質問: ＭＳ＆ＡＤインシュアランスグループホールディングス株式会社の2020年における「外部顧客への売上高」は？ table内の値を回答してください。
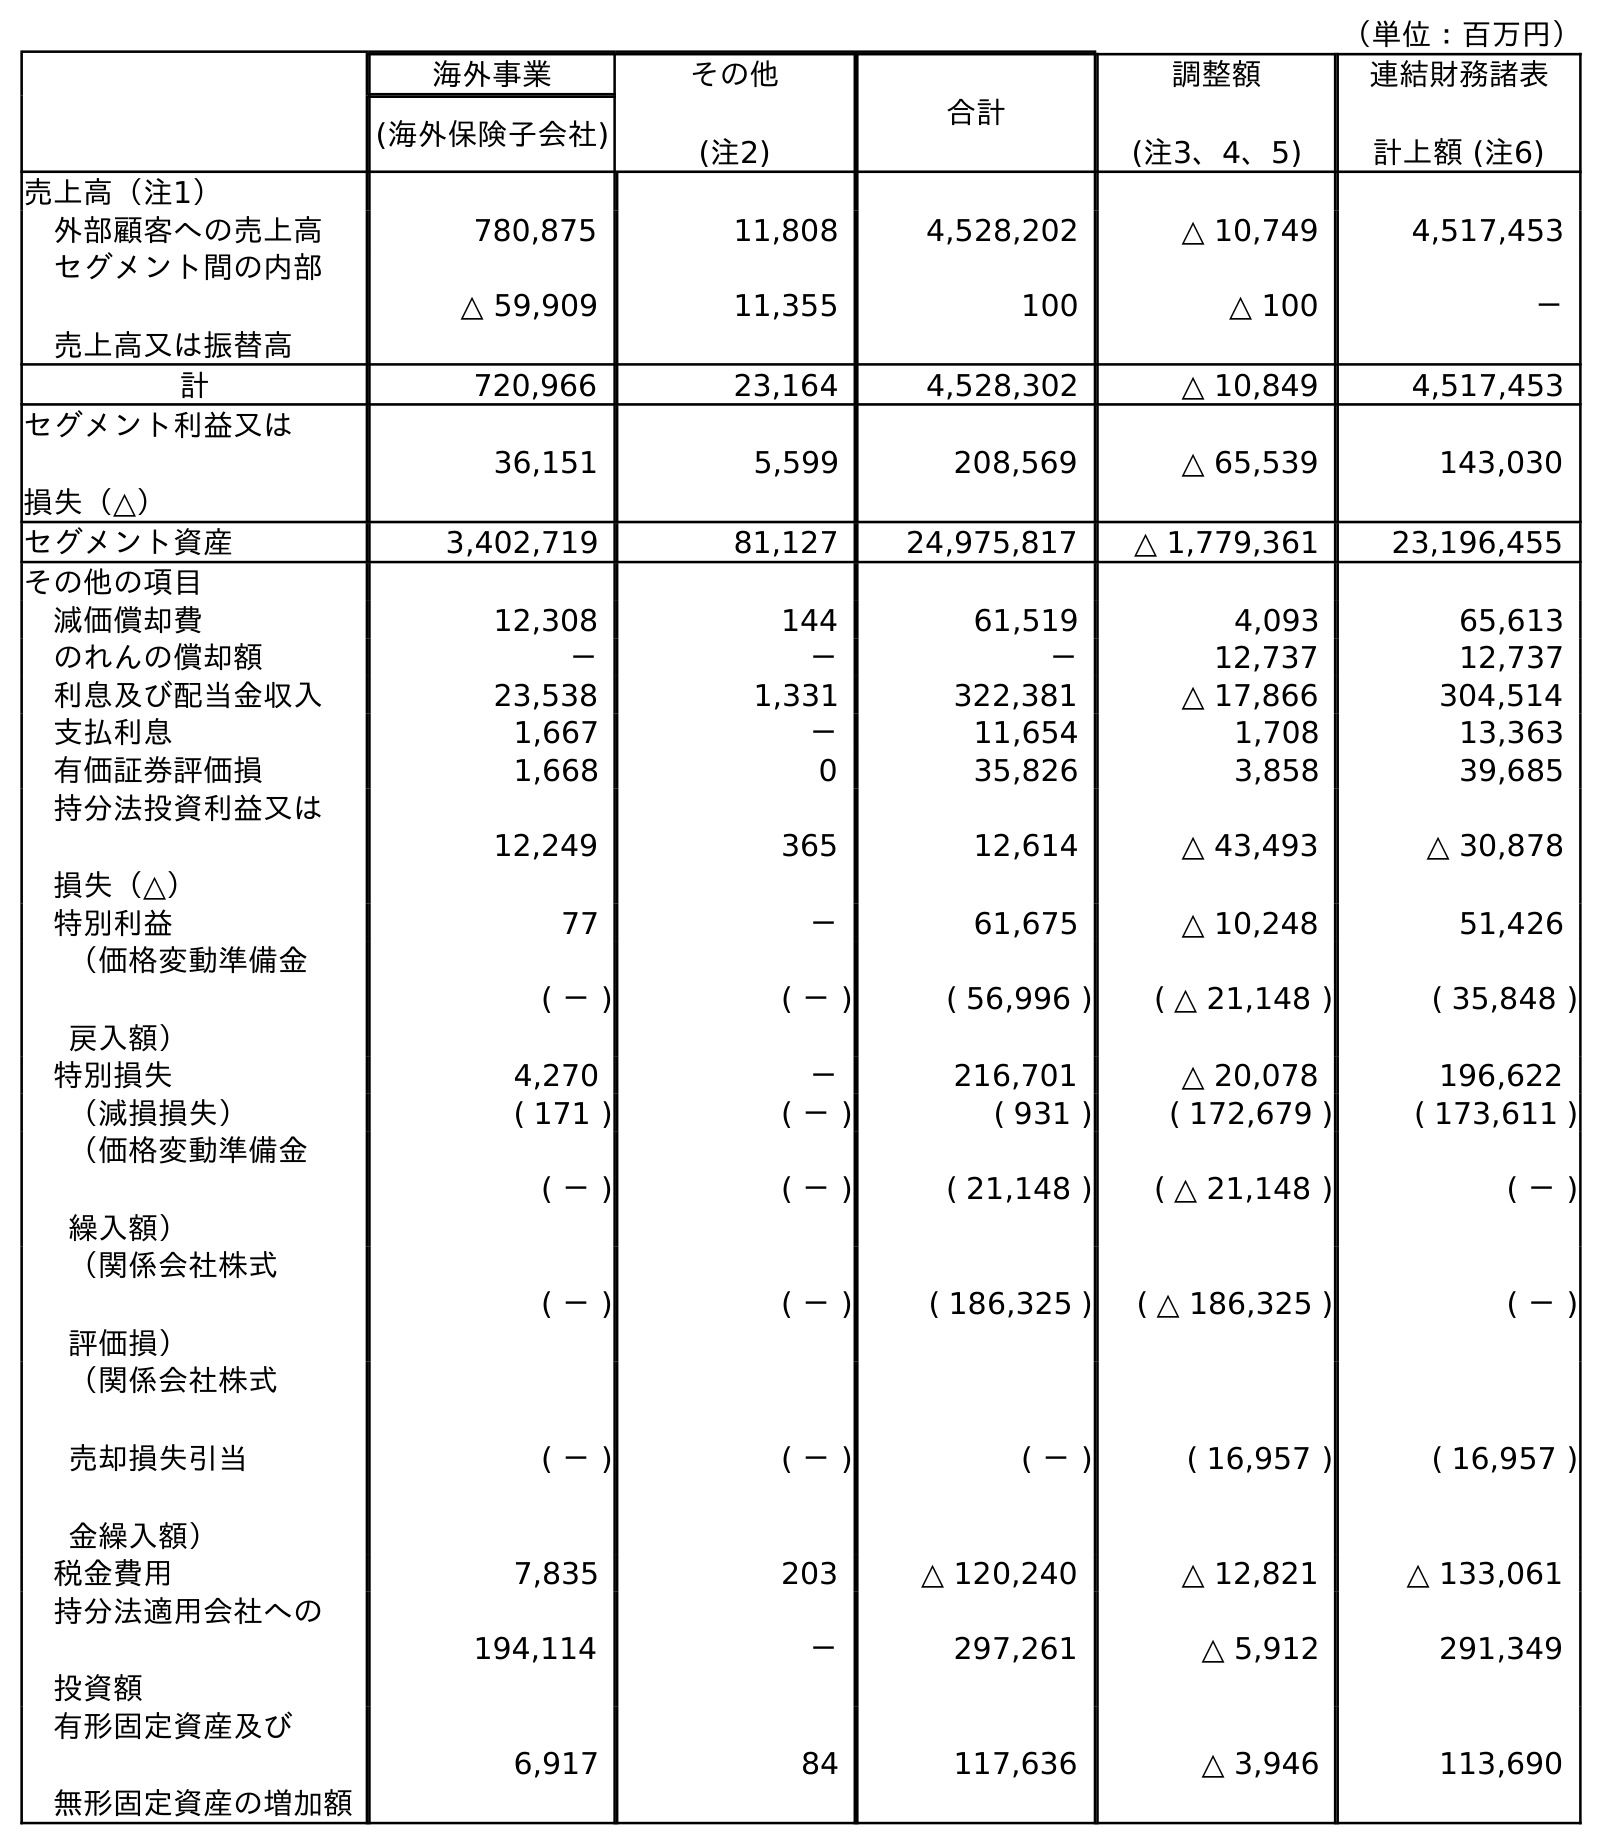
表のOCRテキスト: （単位：百万円） 海外事業 その他 (注2) 合計 調整額 (注3、4、5) 連結財務諸表 計上額 (注6) (海外保険子会社) 売上高（注1） 外部顧客への売上高 780,875 11,808 4,528,202 △ 10,749 4,517,453 セグメント間の内部 売上高又は振替高 △ 59,909 11,355 100 △ 100 － 計 720,966 23,164 4,528,302 △ 10,849 4,517,453 セグメント利益又は 損失（△） 36,151 5,599 208,569 △ 65,539 143,030 セグメント資産 3,402,719 81,127 24,975,817 △ 1,779,361 23,196,455 その他の項目 減価償却費 12,308 144 61,519 4,093 65,613 のれんの償却額 － － － 12,737 12,737 利息及び配当金収入 23,538 1,331 322,381 △ 17,866 304,514 支払利息 1,667 － 11,654 1,708 13,363 有価証券評価損 1,668 0 35,826 3,858 39,685 持分法投資利益又は 損失（△） 12,249 365 12,614 △ 43,493 △ 30,878 特別利益 77 － 61,675 △ 10,248 51,426 （価格変動準備金 戻入額） ( － ) ( － ) ( 56,996 ) ( △ 21,148 ) ( 35,848 ) 特別損失 4,270 － 216,701 △ 20,078 196,622 （減損損失） ( 171 ) ( － ) ( 931 ) ( 172,679 ) ( 173,611 ) （価格変動準備金 繰入額） ( － ) ( － ) ( 21,148 ) ( △ 21,148 ) ( － ) （関係会社株式 評価損） ( － ) ( － ) ( 186,325 ) ( △ 186,325 ) ( － ) （関係会社株式 売却損失引当 金繰入額） ( － ) ( － ) ( － ) ( 16,957 ) ( 16,957 ) 税金費用 7,835 203 △ 120,240 △ 12,821 △ 133,061 持分法適用会社への 投資額 194,114 － 297,261 △ 5,912 291,349 有形固定資産及び 無形固定資産の増加額 6,917 84 117,636 △ 3,946 113,690
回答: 4,517,453